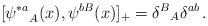
LaTeX: \begin{align*} [{\psi^{*a}}_{A}(x), \psi^{bB}(x)]_+ = {\delta^B}_A\delta^{ab} \, .\end{align*}